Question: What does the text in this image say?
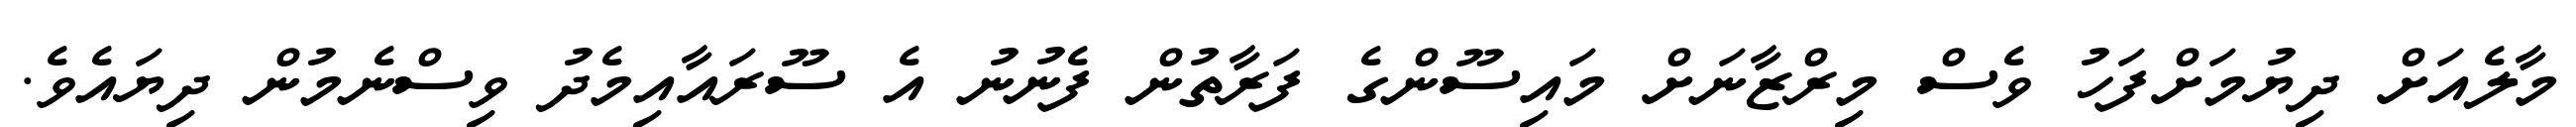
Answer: މާލެއަށް ދިޔުމަށްފަހު ވެސް މިރްޒާނަށް މައިސޫންގެ ފަރާތުން ފެނުނު އެ ސޫރައާއިމެދު ވިސްނެމުން ދިޔައެވެ.